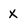
Character: x